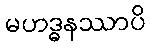
မဟဒ္ဓနဿာပိ